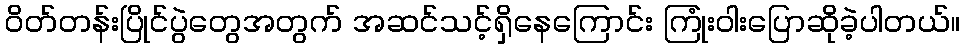
ဝိတ်တန်းပြိုင်ပွဲတွေအတွက် အဆင်သင့်ရှိနေကြောင်း ကြုံးဝါးပြောဆိုခဲ့ပါတယ်။